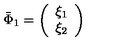
\bar { \Phi } _ { 1 } = \left( \begin{array} { c } { \xi _ { 1 } } \\ { \xi _ { 2 } } \\ \end{array} \right)